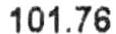
101.76